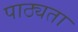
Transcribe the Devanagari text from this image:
पाठ्यता